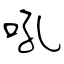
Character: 吼